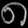
Digit: ၈